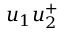
u _ { 1 } u _ { 2 } ^ { + }